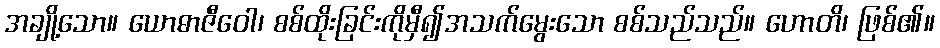
အချို့သော။ ယောဓာဇီဝေါ၊ စစ်ထိုးခြင်းကိုမှီ၍အသက်မွေးသော စစ်သည်သည်။ ဟောတိ၊ ဖြစ်၏။